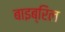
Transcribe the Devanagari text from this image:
बाइब्रिल